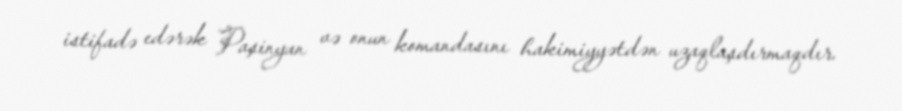
istifadə edərək Paşinyan və onun komandasını hakimiyyətdən uzaqlaşdırmaqdır.